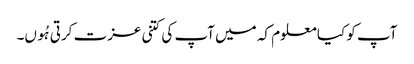
آپ کو کیا معلوم کہ میں آپ کی کتنی عزت کرتی ہُوں۔